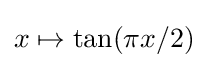
x\mapsto \tan(\pi x/2)